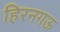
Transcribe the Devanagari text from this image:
हिरनगऊ